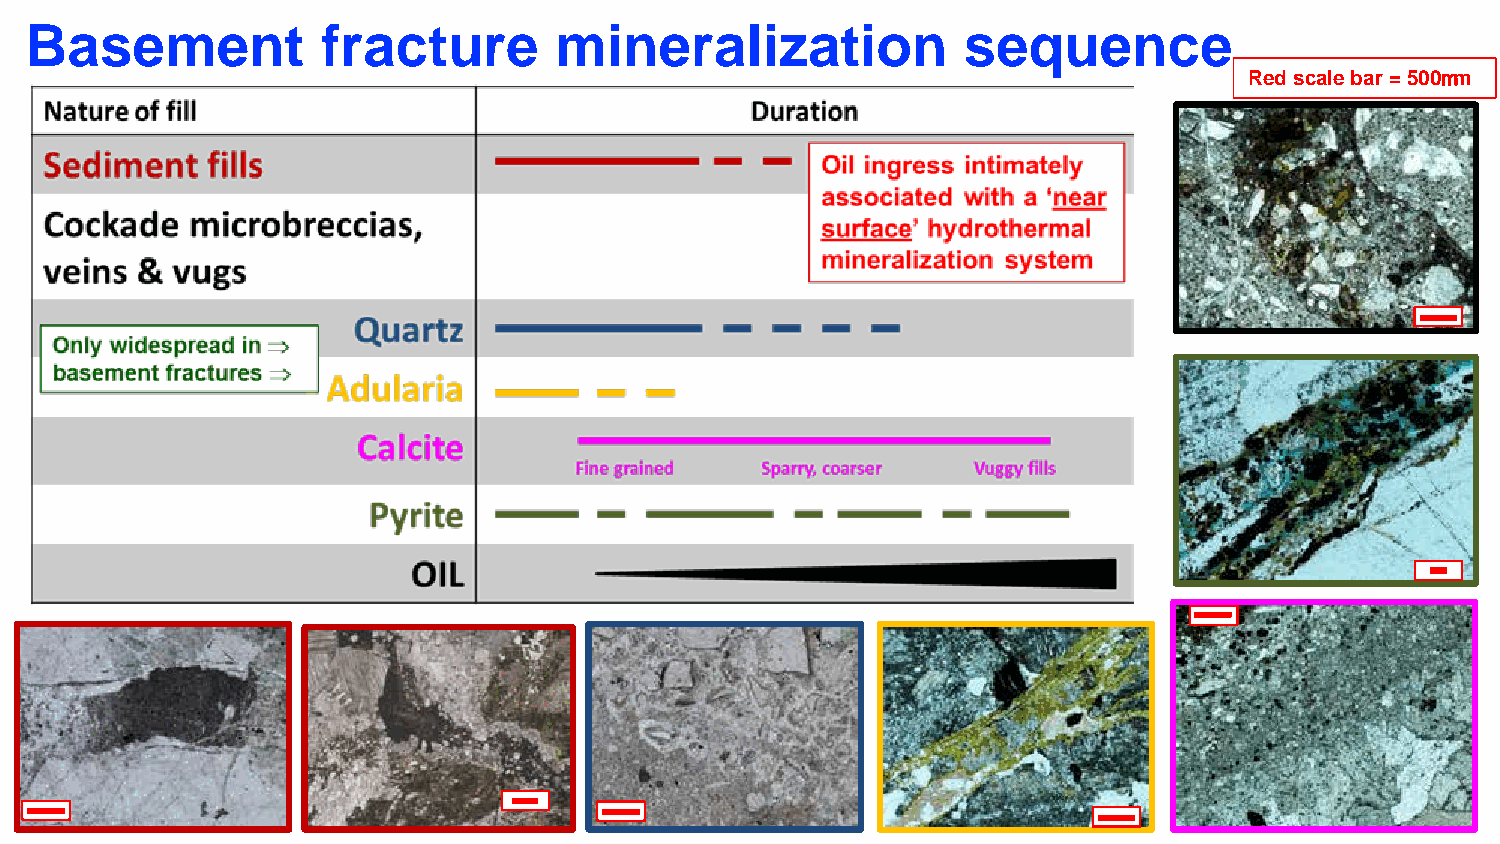
Basement           fracture        mineralization             sequence
 Red scale bar = 500mm